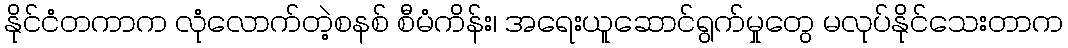
နိုင်ငံတကာက လုံလောက်တဲ့စနစ် စီမံကိန်း၊ အရေးယူဆောင်ရွက်မှုတွေ မလုပ်နိုင်သေးတာက